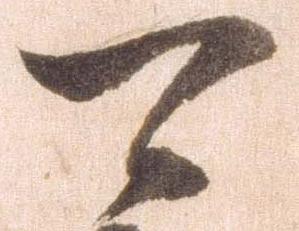
可